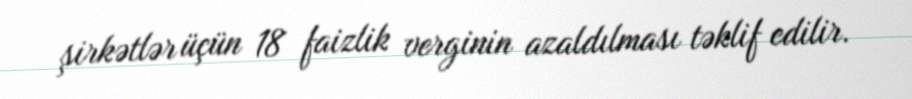
şirkətlər üçün 18 faizlik verginin azaldılması təklif edilir.